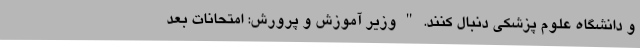
و دانشگاه علوم پزشکی دنبال کنند. " وزیر آموزش و پرورش: امتحانات بعد